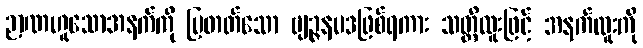
ဉာဏဟူသောအနက်ကို ပြတတ်သော ဗျဉ္ဇနပဒဖြစ်ရကား သတ္တိထူးဖြင့် အနက်ထူးကို